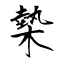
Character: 槷